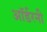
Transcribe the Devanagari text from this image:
ऑर्डरनी